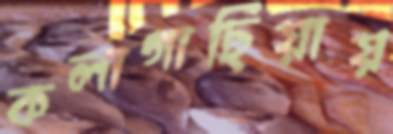
কলাগাছিয়ায়